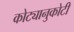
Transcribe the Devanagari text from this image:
कोट्यानुकोटी